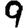
Digit: 9